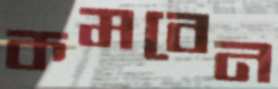
কমবেন